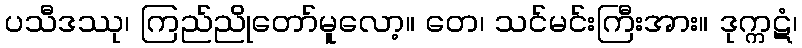
ပသီဒဿု၊ ကြည်ညိုတော်မူလော့။ တေ၊ သင်မင်းကြီးအား။ ဒုက္ကဋံ၊